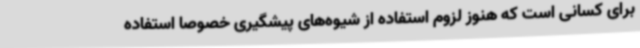
برای کسانی است که هنوز لزوم استفاده از شیوه‌های پیشگیری خصوصا استفاده